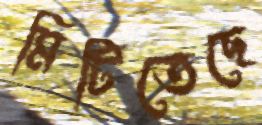
মিটিতেছে